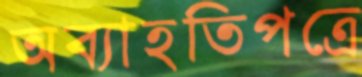
অব্যাহতিপত্রে